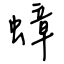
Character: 蟑